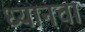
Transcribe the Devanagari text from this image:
ध्यानचा